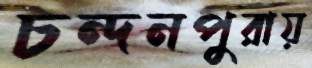
চন্দনপুরায়